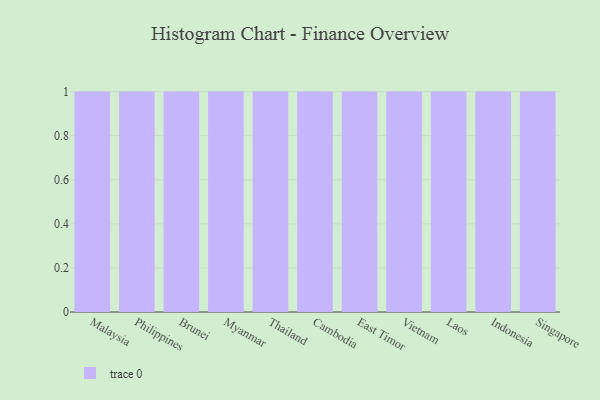
{"axis": {"x": "Country", "y": "Page Views"}, "legend": [""], "data": [{"x": "Malaysia", "y": 52, "type": ""}, {"x": "Philippines", "y": 49, "type": ""}, {"x": "Brunei", "y": 19, "type": ""}, {"x": "Myanmar", "y": 22, "type": ""}, {"x": "Thailand", "y": 70, "type": ""}, {"x": "Cambodia", "y": 31, "type": ""}, {"x": "East Timor", "y": 41, "type": ""}, {"x": "Vietnam", "y": 87, "type": ""}, {"x": "Laos", "y": 78, "type": ""}, {"x": "Indonesia", "y": 84, "type": ""}, {"x": "Singapore", "y": 10, "type": ""}]}